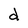
Character: d